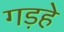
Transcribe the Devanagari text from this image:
गड़हे